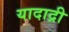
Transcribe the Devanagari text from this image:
यादाद्री